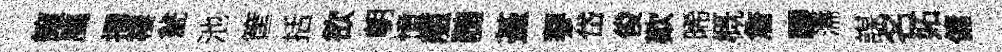
譲臈攫棲瓮池筐括欲朝憧艦髄䑓蓼岱俊歎晞概詹驪濡謀名妬傭